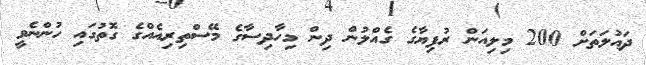
ދައުލަތަށް 200 މިލިއަން ރުފިޔާގެ ގެއްލުން ދިން މިހާދިސާގެ މޭސްތިރިއެއްގެ ގޮތުގައި ހުންނެވީ